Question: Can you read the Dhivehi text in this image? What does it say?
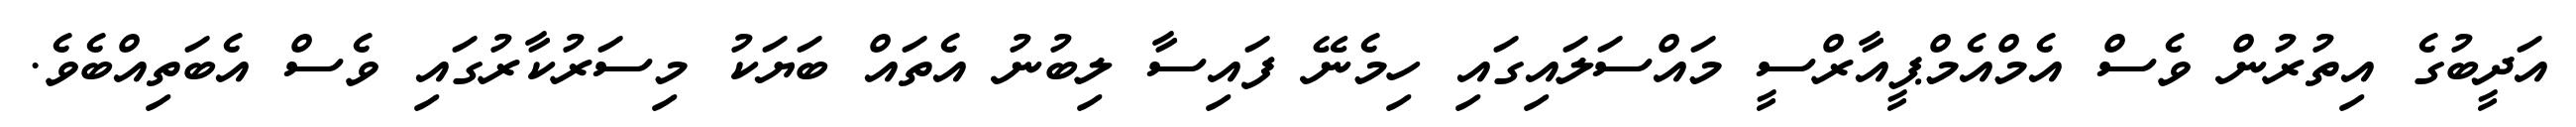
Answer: އަދީބުގެ އިތުރުން ވެސް އެމްއެމްޕީއާރްސީ މައްސަލައިގައި ހިމެނޭ ފައިސާ ލިބުނު އެތައް ބަޔަކު މިސަރުކާރުގައި ވެސް އެބަތިއްބެވެ.